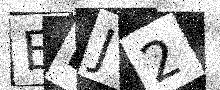
Text: EDJ2